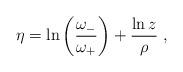
LaTeX: \begin{align*}\eta = \ln \left(\frac{\omega_{-}}{\omega_{+}}\right)+\frac{\ln z}{\rho}\ ,\end{align*}